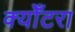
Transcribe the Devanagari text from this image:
क्योँटरा